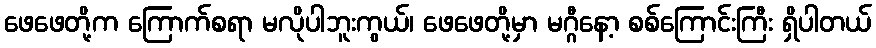
ဖေဖေတို့က ကြောက်စရာ မလိုပါဘူးကွယ်၊ ဖေဖေတို့မှာ မဂ္ဂီနော့ စစ်ကြောင်းကြီး ရှိပါတယ်